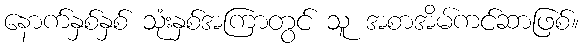
နောက်နှစ်နှစ် သုံးနှစ်အကြာတွင် သူ အစာအိမ်ကင်ဆာဖြစ်။